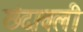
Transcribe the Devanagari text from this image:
छंदावली